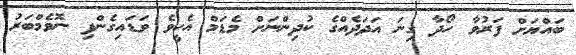
ބައްޔަށް ފަރުވާ ހޯދާ ގިނަ އަދަދެއްގެ ކުދިންނަށް މެޑަމް އެހީވެ ވަޑައިގެންފި ނޮވެމްބަރު